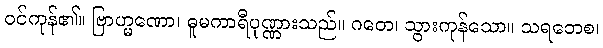
ဝင်ကုန်၏။ ဗြာဟ္မဏော၊ ဓူမကာရီပုဏ္ဏားသည်။ ဂတေ၊ သွားကုန်သော။ သရဘေစ၊